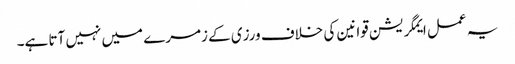
یہ عمل ایمگریشن قوانین کی خلاف ورزی کے زمرے میں نہیں آتا ہے۔